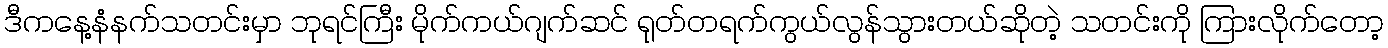
ဒီကနေ့နံနက်သတင်းမှာ ဘုရင်ကြီး မိုက်ကယ်ဂျက်ဆင် ရုတ်တရက်ကွယ်လွန်သွားတယ်ဆိုတဲ့ သတင်းကို ကြားလိုက်တော့